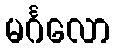
မင်္ဂလော